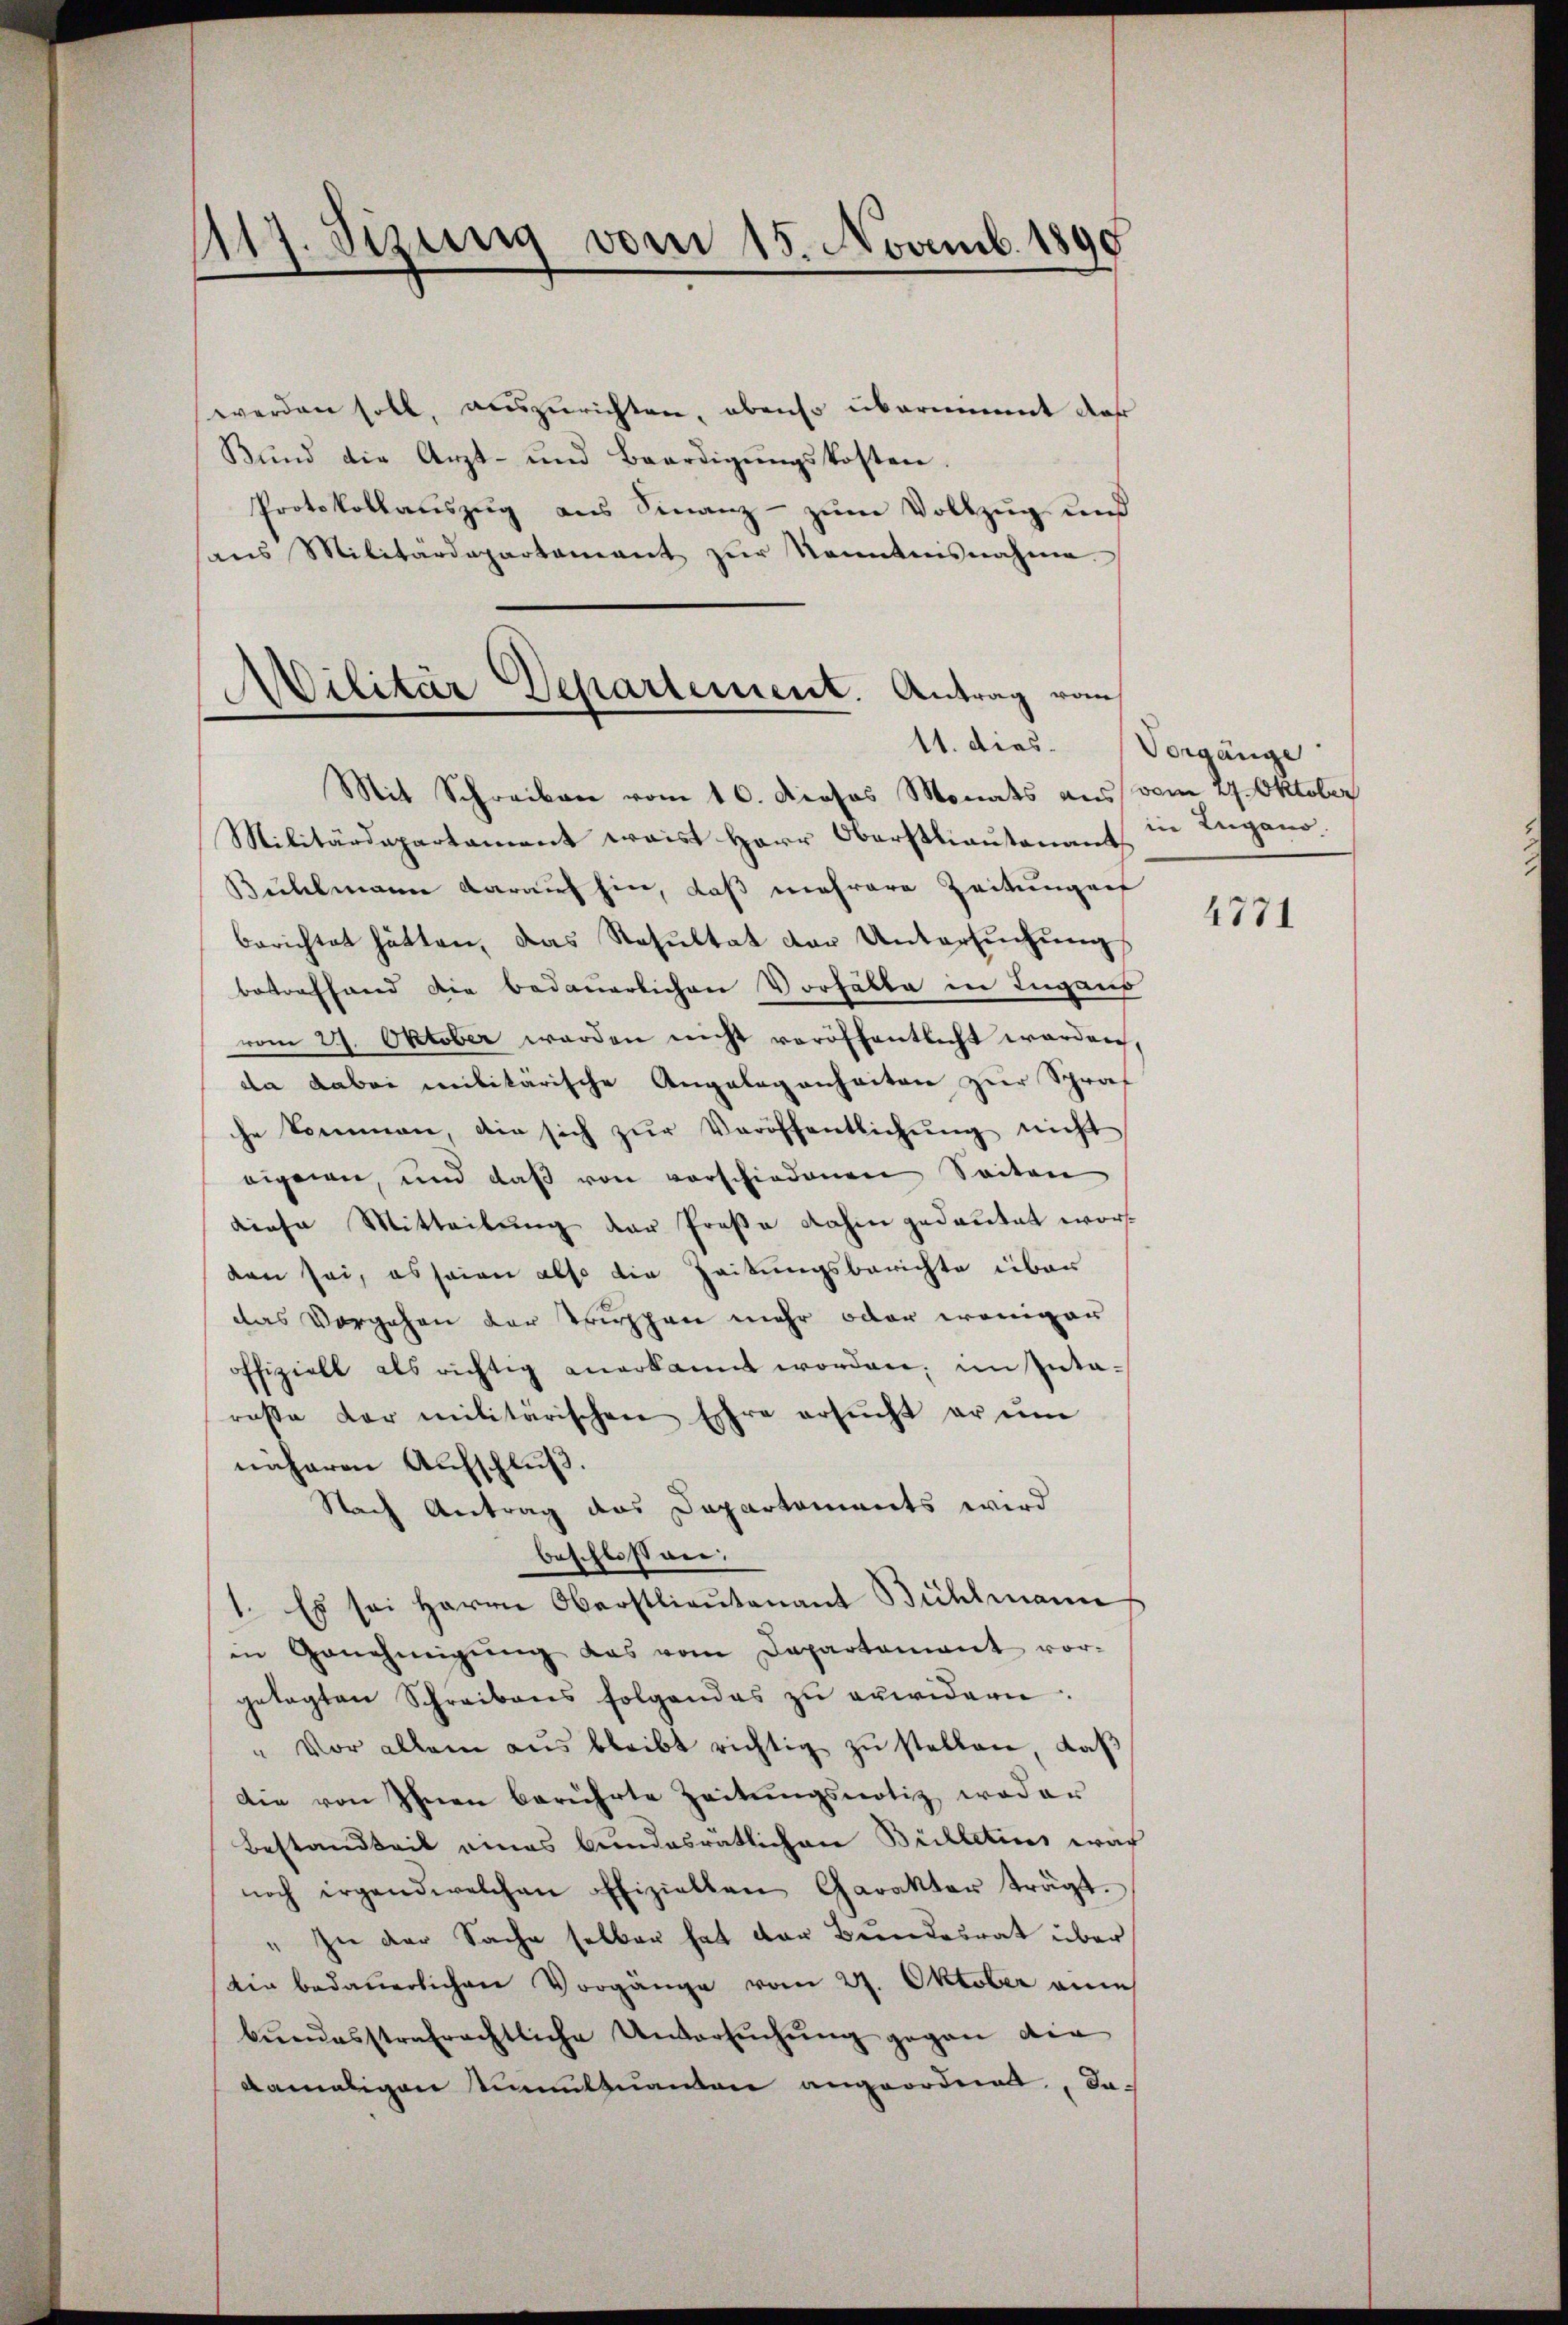
1117. Sizung vom 15. Novemb. 1890

werden soll, auszurichten, obenso übernimmt dar
Bŭnd die Arzt- und Beerdigŭngskosten.
Protokollauszug aus Finanz- zum Vollzug und
ans Militärdepartement zŭr Kenntnisnahme

Wilitär Departement. Antrag vom
.
11. dies
Mit Schreiben vom 16. Prosos Monats aus vom 27. Oktober

Militärdepartament weist Herr Oberstlieutenants
Bühlmann darauf hin, daß mehrere Zeitungen
berichtet hätten, das Resultat der Untersŭchŭng
betreffend die bedauerlichen Vorhätte in Lugano
vom 27. Oktober werden nicht veröffentlicht werden,
da dabei militärische Angelegenheiten zur Spraf
he kommen, die sich zŭr Veröffentlichŭng nicht
eigen, und daß von vorschiedenen Seiten
diese Mitteilung der Prose dahin gedeutet worden sei, es seien also die Zeitungsberichte über
das Vorgehen der Truppen mehr oder weniger
offiziell als richtig anerkannt worden, im Intarasse dar militärischen Ehre ersŭcht er ŭm
näheren Aufschluß.
Nach Antrag des Departements wird
beschlossen.
1. Es sei Herrn Oberstlieutenant Bühlmann
in Genehmigŭng das vom Departement vor-
getagten Schreibens folgendes zŭ auwidern.
" Vor allem aŭs bleibt richtig zŭ stellen, daβ
Die von Ihnen berührte Zeitŭngsnotiz weder
Bestandteit eines bundesrätlichen Bülletins war
noch irgendwelchen Elizielten Charakter trägt.
" In der Sache selben hat der Bundesrat über
Ein bedauerlichen Vorgänge vom 27. Oktober anne
bŭndesstrafrechtliche Untersŭchŭng gegen die
damaligen unmittuanten angeordnet, da¬

Vorgänge
die Lugano

4771